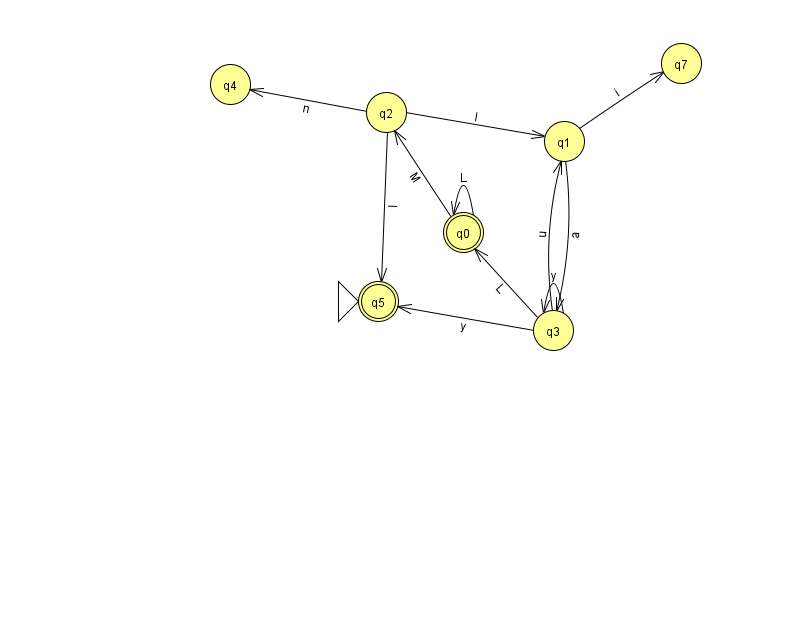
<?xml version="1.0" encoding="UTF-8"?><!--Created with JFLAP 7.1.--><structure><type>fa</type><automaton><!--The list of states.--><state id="0" name="q0"><x>463.0</x><y>219.0</y><final/></state><state id="1" name="q1"><x>564.0</x><y>128.0</y></state><state id="2" name="q2"><x>386.0</x><y>99.0</y></state><state id="3" name="q3"><x>553.0</x><y>317.0</y></state><state id="4" name="q4"><x>230.0</x><y>71.0</y></state><state id="5" name="q5"><x>378.0</x><y>288.0</y><initial/><final/></state><state id="7" name="q7"><x>681.0</x><y>50.0</y></state><!--The list of transitions.--><transition><from>2</from><to>5</to><read>I</read></transition><transition><from>1</from><to>7</to><read>i</read></transition><transition><from>3</from><to>5</to><read>y</read></transition><transition><from>2</from><to>1</to><read>I</read></transition><transition><from>2</from><to>4</to><read>n</read></transition><transition><from>0</from><to>2</to><read>M</read></transition><transition><from>3</from><to>3</to><read>y</read></transition><transition><from>1</from><to>3</to><read>a</read></transition><transition><from>0</from><to>0</to><read>L</read></transition><transition><from>3</from><to>0</to><read>L</read></transition><transition><from>3</from><to>1</to><read>u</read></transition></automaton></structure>